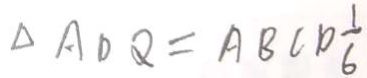
\Delta A D Q = A B C D \frac { 1 } { 6 }